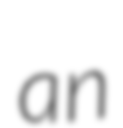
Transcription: an